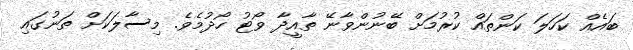
ބައެއް ކަހަލަ ކަންތައް ކުރުމަށް ބޭނުންވާނޭ ތާއީދާ ވޯޓު ހޯދުމެވެ. މިސާލަކަށް ތަނުގައި